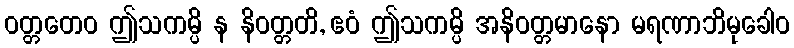
ဝတ္တတေဝ ဤသကမ္ပိ န နိဝတ္တတိ, ဧဝံ ဤသကမ္ပိ အနိဝတ္တမာနော မရဏာဘိမုခေါဝ